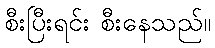
စီးပြီးရင်း စီးနေသည်။